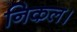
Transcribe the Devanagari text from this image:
निकल।